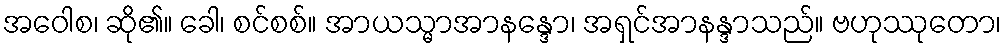
အဝေါစ၊ ဆို၏။ ခေါ၊ စင်စစ်။ အာယသ္မာအာနန္ဒော၊ အရှင်အာနန္ဒာသည်။ ဗဟုဿုတော၊